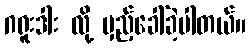
ဂရူးဒါး လို့ မှည့်ခေါ်ခဲ့ပါတယ်။